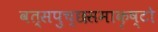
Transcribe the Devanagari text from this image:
वत्सपुच्छसमाकृष्टो